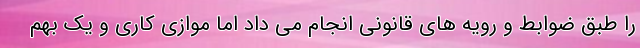
را طبق ضوابط و رویه های قانونی انجام می داد اما موازی کاری و یک بهم